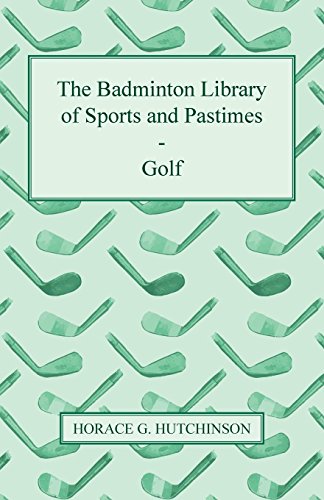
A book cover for The Badminton Library of Sports and Pastimes - Golf; Horace G. Hutchinson; Sports & Outdoors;